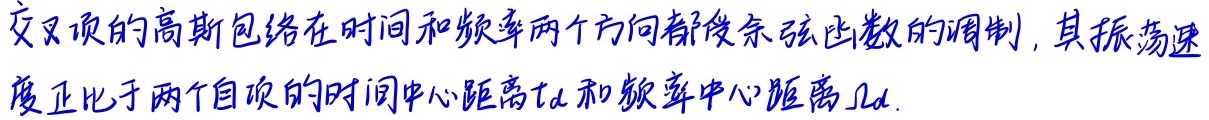
交叉项的高斯包络在时间和频率两个方向都受余弦函数的调制，其振荡速度正比于两个自项的时间中心距离\(t_d\)和频率中心距离\(\Omega_d\)。